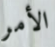
الأمر